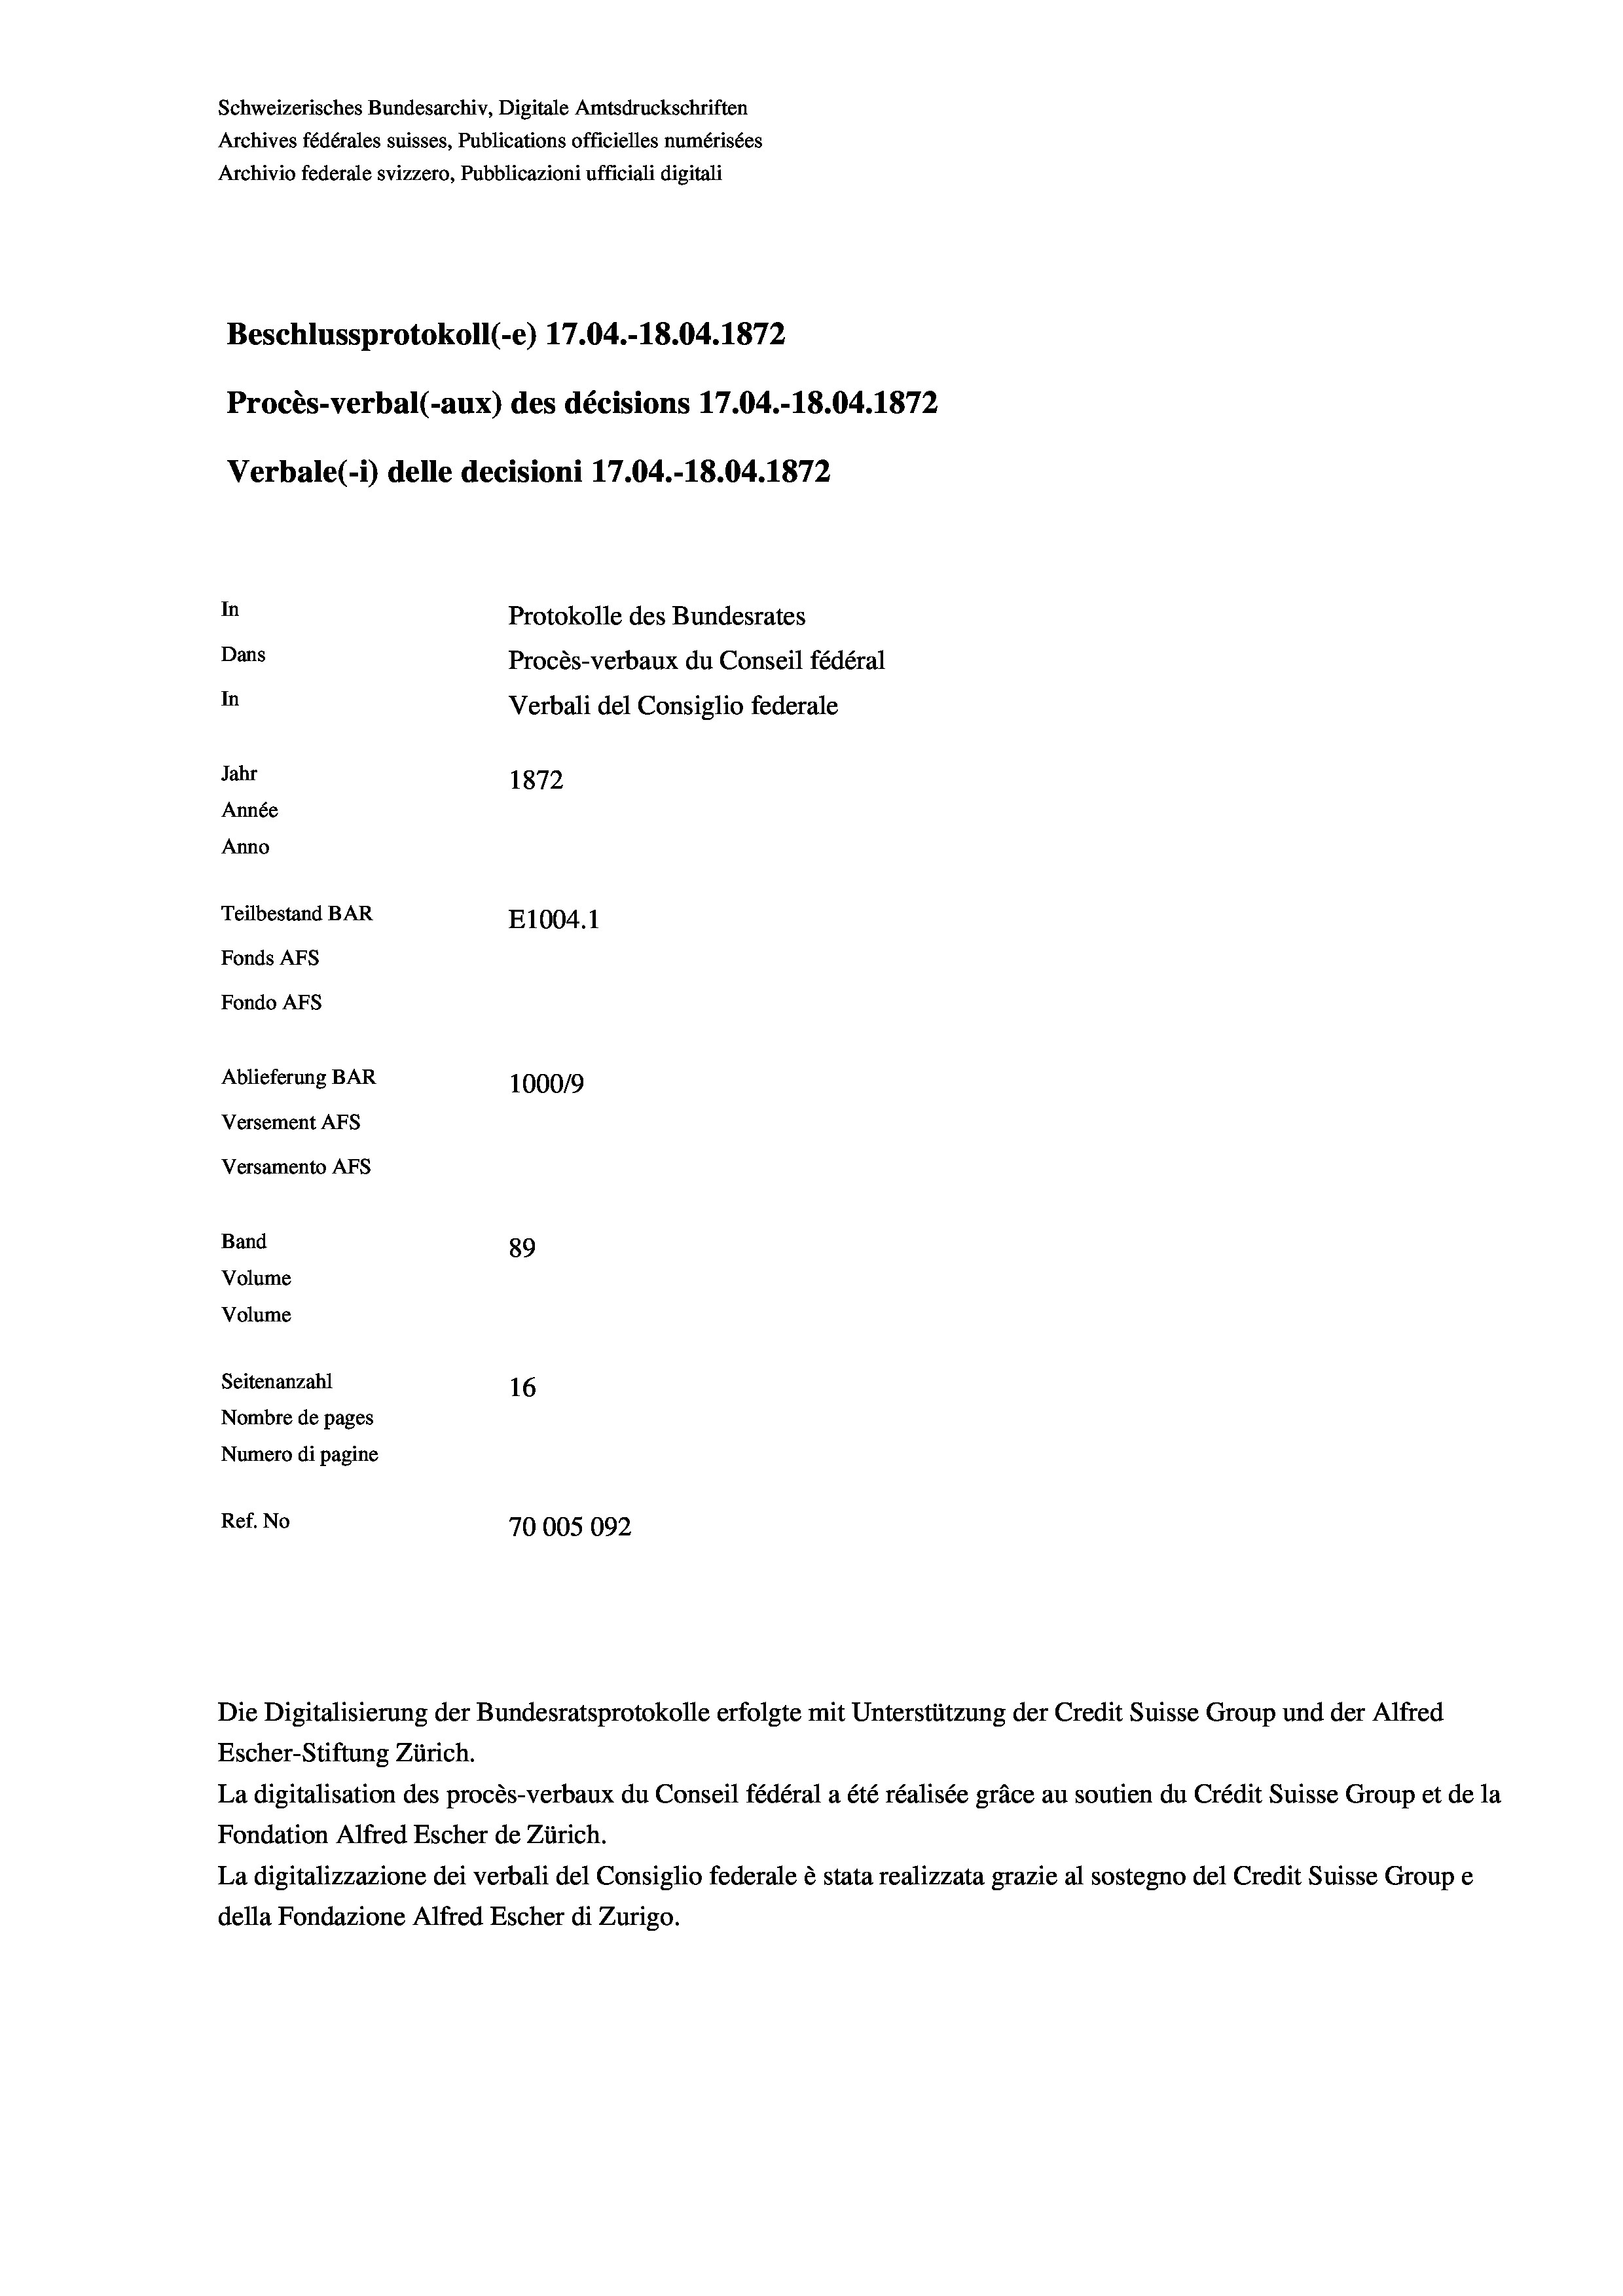
Schweizerisches Bundesarchiv, Digitale Amtsdruckschriften
Archives fédérales suisses, Publications officielles numérisées
Archivio federale svizzero, Pubblicazioni ufficiali digitali
Beschlussprotokoll (e) 17.04.-18.04. 1872
Procès-verbal (-aux) des décisions 17.04.-18.04. 1872
Verbale(-*) delle decisioni 17.04.-18.04. 1872
In
Protokolle des Bundesrates
Dans
Procès-verbaux du Conseil fédéral
In
Verbali del Consiglio federale
Jahr
1872
Année
Anno
Teilbestand BAR
E1004. 1
Fonds AFs
Fondo Afs
Ablieferung BAR
100019
Versement Ans

Versamento Afs
Band
Volume
Volume

89
Seitenanzahl
16
Nombre de pages
Numero di pagine
Ref. No
70005092

Die Digitalisierung der Bundesratsprotokolle erfolgte mit Unterstützung der Credit Suisse Group und der Alfred
Escher-Stiftung Zürich.
La digitalisation des procès-verbaux du Conseil fédéral a été réalisée gräce au soutien du Crédit Suisse Group et de la
Fondation Alfred Escher de Zürich.
La digitalizzazione dei verbali del Consiglio federale è stata realizzata grazie al sostegno del Credit Suisse Groupe
della Fondazione Alfred Escher di Zurigo.